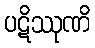
ပဋိဿုဏိ